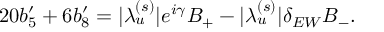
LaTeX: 2 0 b _ { 5 } ^ { \prime } + 6 b _ { 8 } ^ { \prime } = | \lambda _ { u } ^ { ( s ) } | e ^ { i \gamma } B _ { + } - | \lambda _ { u } ^ { ( s ) } | \delta _ { E W } B _ { - } .